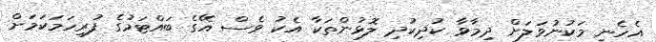
އެހެނީ މަކުނުވަލަށް ދިމާވާ ކުދިކުދި ލޮޅުންތަކާ އެކު ވެސް އޭގެ ބައްޓަމުގެ ފުރިހަމަކަމަށް